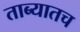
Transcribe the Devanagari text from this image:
ताब्यातच